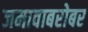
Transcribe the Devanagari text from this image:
जमावाबरोबर